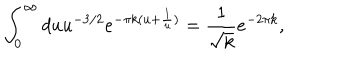
LaTeX: \int _ { 0 } ^ { \infty } d u u ^ { - 3 / 2 } e ^ { - \pi k ( u + \frac { 1 } { u } ) } = \frac { 1 } { \sqrt { k } } e ^ { - 2 \pi k } ,